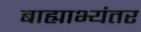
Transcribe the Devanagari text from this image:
बाह्याभ्यंतर